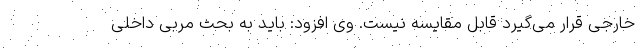
خارجی قرار می‌گیرد قابل مقایسه نیست. وی افزود: باید به بحث مربی داخلی